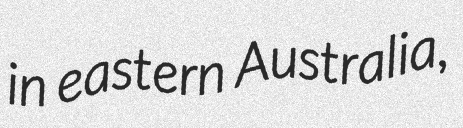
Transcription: in eastern Australia,